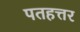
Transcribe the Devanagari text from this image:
पतहत्तर